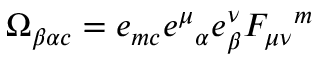
\Omega _ { \beta \alpha c } = e _ { m c } e ^ { \mu } { } _ { \alpha } e _ { \beta } ^ { \nu } F _ { \mu \nu } { } ^ { m }